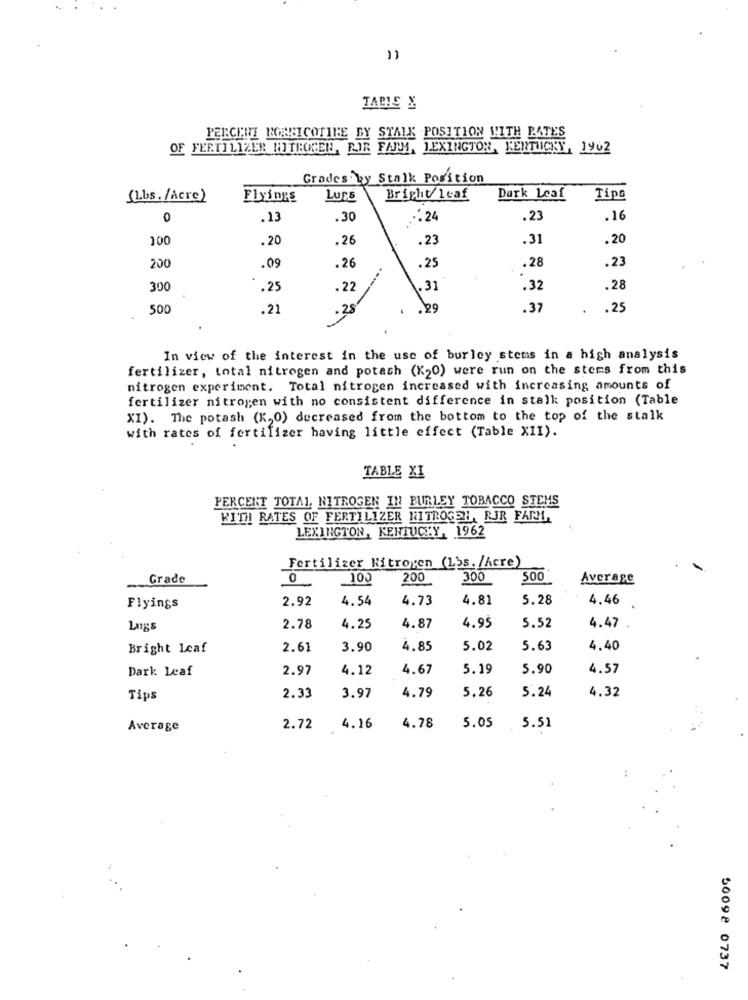
TAPIE &
PERCENT RORRICOTIRE BY STALK POSITION WITH PATES
OF FERTILIZER NITROGEN, RIR FARM, LEXINGTON, KENTUCKY, 1962
Grades by Stalk Position
(Lbs. /Acre)
Flyings
LUSE
Bright/Icaf
Durk Leaf
Tips
0
.13
.30
.24
.23
.16
100
.20
.26
.23
.31
.20
200
.09
.23
.26
.25
.28
300
.25
.22
.31
.32
.28
500
.21
.25
29
.37
.25
In view of the interest in the use of burley stems in a high analysis
fertilizer, total nitrogen and potach (K20) were run on the stems from this
nitrogen experiment. Total nitrogen increased with increasing amounts of
fertilizer nitrogen with no consistent difference in stalk position (Table
XI). The potash (K,0) decreased from the bottom to the top of the stalk
with rates of fertifizer having little effect (Table XII).
TABLE XI
PERCERT TOTAL. NITROGEN IN BURLEY TOBACCO STEMS
KITH RATES OF FERTILIZER NITROGEN, RJR FARM,
LEXINGTON, KENTUCKY, 1962
Fertilizer Nitrogen (Lys. /Acre)
Grade
0
100
200
300
500
Average
2.92
4.54
4.73
4.81
5.28
4.46
Flyings
5.52
Lags
2.78
4.25
4.87
4.95
4.47
Bright Leaf
2.61
3.90
4.85
5.02
5.63
4.40
Dark Leaf
2.97
4.12
4.67
5.19
5.90
4.57
4.79
5.26
5.24
4.32
Tips
2.33
3.97
Average
2.72
4.16
4.78
5.05
5.51
50092 0737